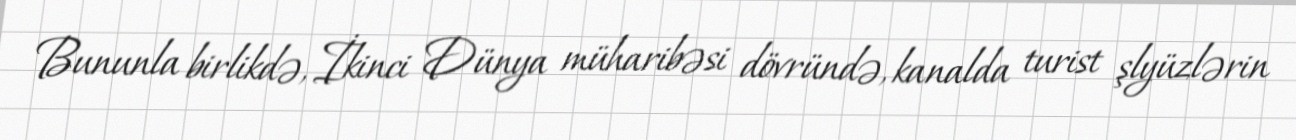
Bununla birlikdə, İkinci Dünya müharibəsi dövründə, kanalda turist şlyüzlərin